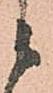
候